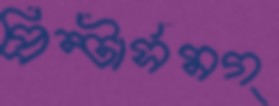
প্রিন্টার্সমগ্